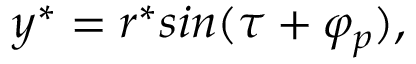
y ^ { * } = r ^ { * } s i n ( \tau + \varphi _ { p } ) ,